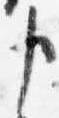
申